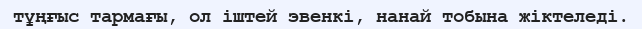
тұңғыс тармағы, ол іштей эвенкі, нанай тобына жіктеледі.